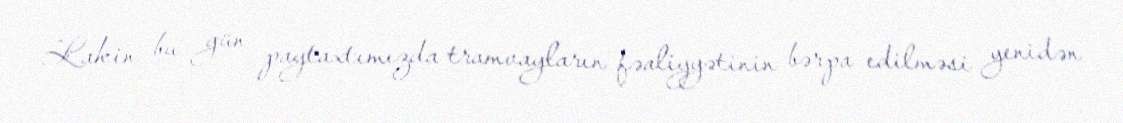
Lakin bu gün paytaxtımızda tramvayların fəaliyyətinin bərpa edilməsi yenidən